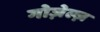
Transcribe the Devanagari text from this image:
गोज़ेल्ज़